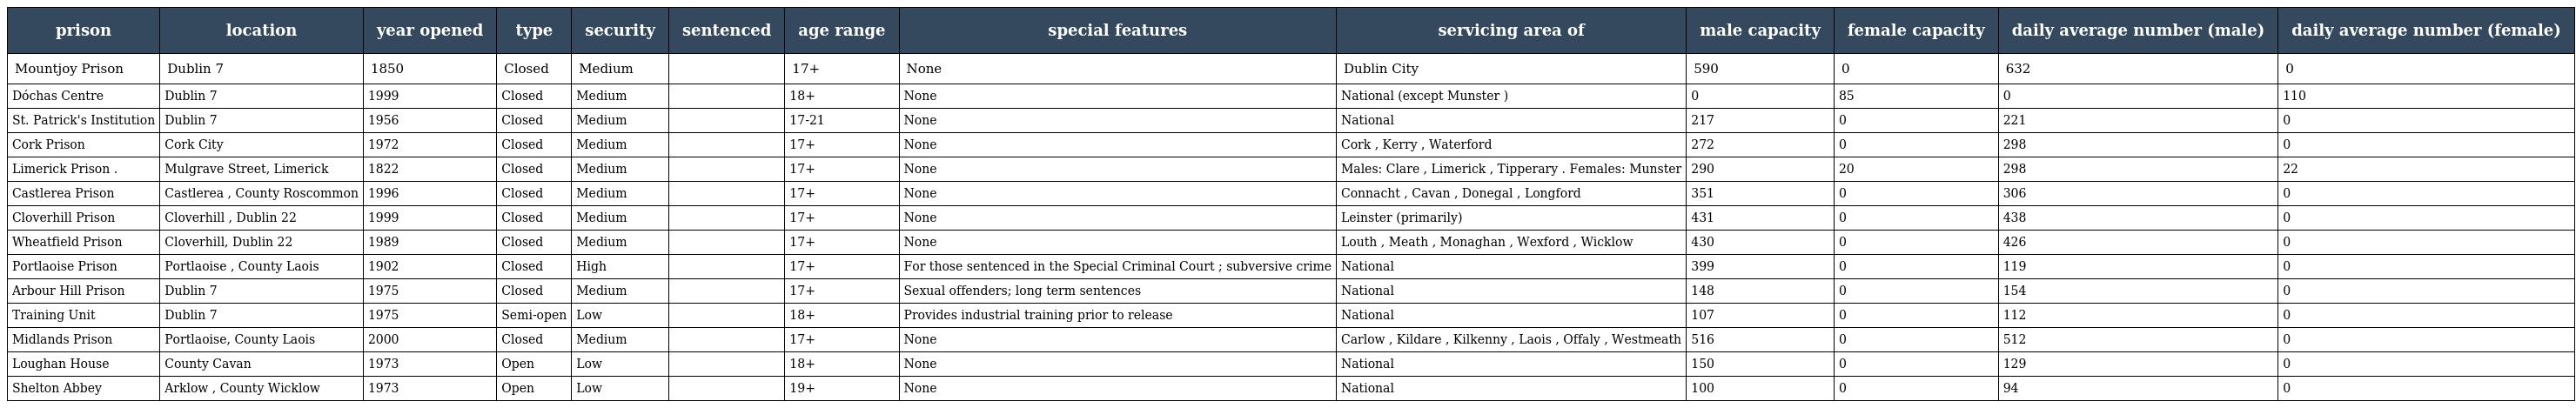
| prison | location | year opened | type | security | sentenced | age range | special features | servicing area of | male capacity | female capacity | daily average number (male) | daily average number (female) |
 | --- | --- | --- | --- | --- | --- | --- | --- | --- | --- | --- | --- | --- |
 | Mountjoy Prison | Dublin 7 | 1850 | Closed | Medium |  | 17+ | None | Dublin City | 590 | 0 | 632 | 0 |
 | Dóchas Centre | Dublin 7 | 1999 | Closed | Medium |  | 18+ | None | National (except Munster ) | 0 | 85 | 0 | 110 |
 | St. Patrick's Institution | Dublin 7 | 1956 | Closed | Medium |  | 17-21 | None | National | 217 | 0 | 221 | 0 |
 | Cork Prison | Cork City | 1972 | Closed | Medium |  | 17+ | None | Cork , Kerry , Waterford | 272 | 0 | 298 | 0 |
 | Limerick Prison . | Mulgrave Street, Limerick | 1822 | Closed | Medium |  | 17+ | None | Males: Clare , Limerick , Tipperary . Females: Munster | 290 | 20 | 298 | 22 |
 | Castlerea Prison | Castlerea , County Roscommon | 1996 | Closed | Medium |  | 17+ | None | Connacht , Cavan , Donegal , Longford | 351 | 0 | 306 | 0 |
 | Cloverhill Prison | Cloverhill , Dublin 22 | 1999 | Closed | Medium |  | 17+ | None | Leinster (primarily) | 431 | 0 | 438 | 0 |
 | Wheatfield Prison | Cloverhill, Dublin 22 | 1989 | Closed | Medium |  | 17+ | None | Louth , Meath , Monaghan , Wexford , Wicklow | 430 | 0 | 426 | 0 |
 | Portlaoise Prison | Portlaoise , County Laois | 1902 | Closed | High |  | 17+ | For those sentenced in the Special Criminal Court ; subversive crime | National | 399 | 0 | 119 | 0 |
 | Arbour Hill Prison | Dublin 7 | 1975 | Closed | Medium |  | 17+ | Sexual offenders; long term sentences | National | 148 | 0 | 154 | 0 |
 | Training Unit | Dublin 7 | 1975 | Semi-open | Low |  | 18+ | Provides industrial training prior to release | National | 107 | 0 | 112 | 0 |
 | Midlands Prison | Portlaoise, County Laois | 2000 | Closed | Medium |  | 17+ | None | Carlow , Kildare , Kilkenny , Laois , Offaly , Westmeath | 516 | 0 | 512 | 0 |
 | Loughan House | County Cavan | 1973 | Open | Low |  | 18+ | None | National | 150 | 0 | 129 | 0 |
 | Shelton Abbey | Arklow , County Wicklow | 1973 | Open | Low |  | 19+ | None | National | 100 | 0 | 94 | 0 |